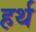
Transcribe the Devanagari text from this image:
हर्थ